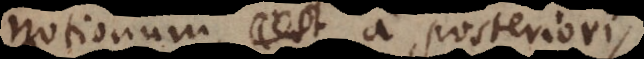
notionum, est a posteriori